system: You are a helpful assistant.
user:
Analyze the provided spectrum to determine if it is a **White Dwarf (WD)**.

A White Dwarf spectrum is defined by its **extreme purity** (due to gravitational settling) and/or **extreme pressure broadening** (due to high surface gravity). You must check for one of the following mutually exclusive signatures:

- **Key Visual Indicators (Check for ONE of these types):**

    - **1. DA-Type Signature (Most Common):**
        - **(Primary Feature):** Extreme pressure broadening (Stark broadening) of the **Hydrogen (H) Balmer lines**.
        - **(Key Lines):** $H\beta$ (approx. $4861$ Å) and $H\gamma$ (approx. $4340$ Å). $H\alpha$ (approx. $6563$ Å) will also be present if the wavelength range covers it.
        - **(Line Profile):** This is the **defining feature**. The lines are **NOT** sharp. They appear as massive, **extremely broad and deep "troughs" or "dips"** in the spectrum, often hundreds of Ångströms wide. The continuum will appear to "scoop" down at these wavelengths.
        - **(Distinction):** Normal A-type or B-type stars have *narrow* and *sharp* Hydrogen lines. A DA White Dwarf's lines are unmistakably "smeared" or "blurry" from pressure.

    - **2. DB-Type Signature:**
        - **(Primary Feature):** Broad absorption lines from **Neutral Helium (He I)**. The spectrum must lack any visible Hydrogen lines.
        - **(Key Lines):** Look for broad absorption near $4471$ Å, $4921$ Å, and $5876$ Å.
        - **(Line Profile):** These lines are also significantly pressure-broadened, appearing much wider than they would in a normal B-type main-sequence star.

    - **3. DC-Type Signature:**
        - **(Primary Feature):** A **featureless continuous spectrum**.
        - **(Line Profile):** The spectrum is a smooth curve with **no significant absorption or emission lines**.
        - **(Key Confirmation):** The continuum is almost always **blue or white**, indicating a hot object. This signature implies the atmosphere is so pure (or so cool) that no spectral lines are visible in the optical range. Its WD identity is confirmed by its extremely low intrinsic brightness (high absolute magnitude).

    - **4. DZ-Type Signature (Metal-Polluted):**
        - **(Primary Feature):** **Isolated, narrow metal absorption lines** on an otherwise featureless (DC-like) continuum.
        - **(Key Lines):** The **Calcium (Ca II) H & K doublet** (approx. **$3934$ Å** and **$3968$ Å**) is the most common and defining feature.
        - **(Line Profile):** These lines are "out of place." They are *not* part of a "forest" of thousands of lines. This signature is evidence of recent *accretion* (pollution) from rocky debris.
        - **(Distinction):** Normal G/K/M stars have a *dense forest* of thousands of metal lines. A DZ has a *clean* continuum with *only a few* strong metal lines.

    - **5. DQ-Type Signature (Carbon-Polluted):**
        - **(Primary Feature):** Absorption bands from **Carbon (C₂ "Swan Bands" or atomic C I)**.
        - **(Key Lines - C₂):** Look for bandheads with a "saw-tooth" shape near $5635$ Å, **$5165$ Å** (strongest), and $4737$ Å.
        - **(Key Confirmation):** The underlying **continuum must be blue or white** (hot).
        - **(Distinction):** This is the critical difference from a **Carbon Star**, which has the *exact same* C₂ bands but on an extremely **red, cool** continuum.

- **(Overall Spectrum):**
    - The continuum (overall shape) is typically **blue-sloping** (brighter in the blue than the red), as most white dwarfs are very hot.
    - The spectrum will look "pure" or "simple," dominated by only *one* of the five signatures listed above.

Think first, call **spectral_visualization_tool** if needed to examine features in detail, then provide your final answer. Your response must adhere to the following strict rules:
1.  **Overall Structure:** Your response must follow the format `<think>...</think> <tool_call>...</tool_call> (if a tool is used) <answer>...</answer>`.
2.  **Tool Usage Constraint:** You may only make **one** tool call per turn.
3.  **Final Answer Format:** In the `<answer>` tag, your conclusion must be inside a `\boxed{}` command (e.g., `\boxed{YES}` or `\boxed{NO}`), followed by your justification.

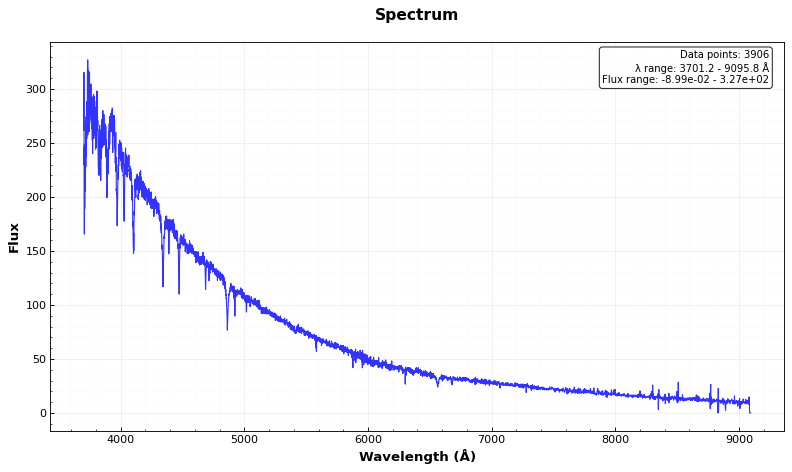
Answer: YES